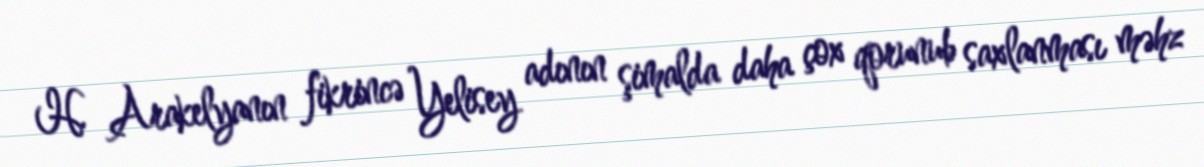
H. Arakelyanın fikrincə Yelisey adının şimalda daha çox qorunub saxlanması məhz